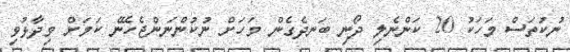
ނުކުތަސް މަހަކު 20 ކަންނެލި ދޯނި ބަނދެގެން މަހަށް ނުކުންނަންޖެހޭނެ ކަމަށް ވިދާޅުވި